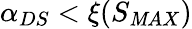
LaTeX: \alpha_{DS}<\xi(S_{\mathit{M}AX})